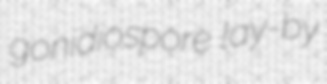
gonidiospore lay-by